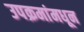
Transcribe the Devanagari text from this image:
उपक्रमांमधून